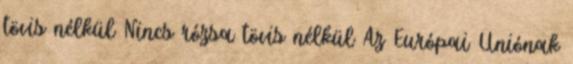
tövis nélkül Nincs rózsa tövis nélkül Az Európai Uniónak